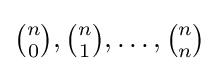
{\tbinom {n}{0}},{\tbinom {n}{1}},\ldots ,{\tbinom {n}{n}}